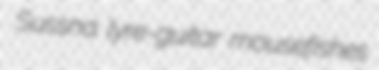
Sussna lyre-guitar mousefishes